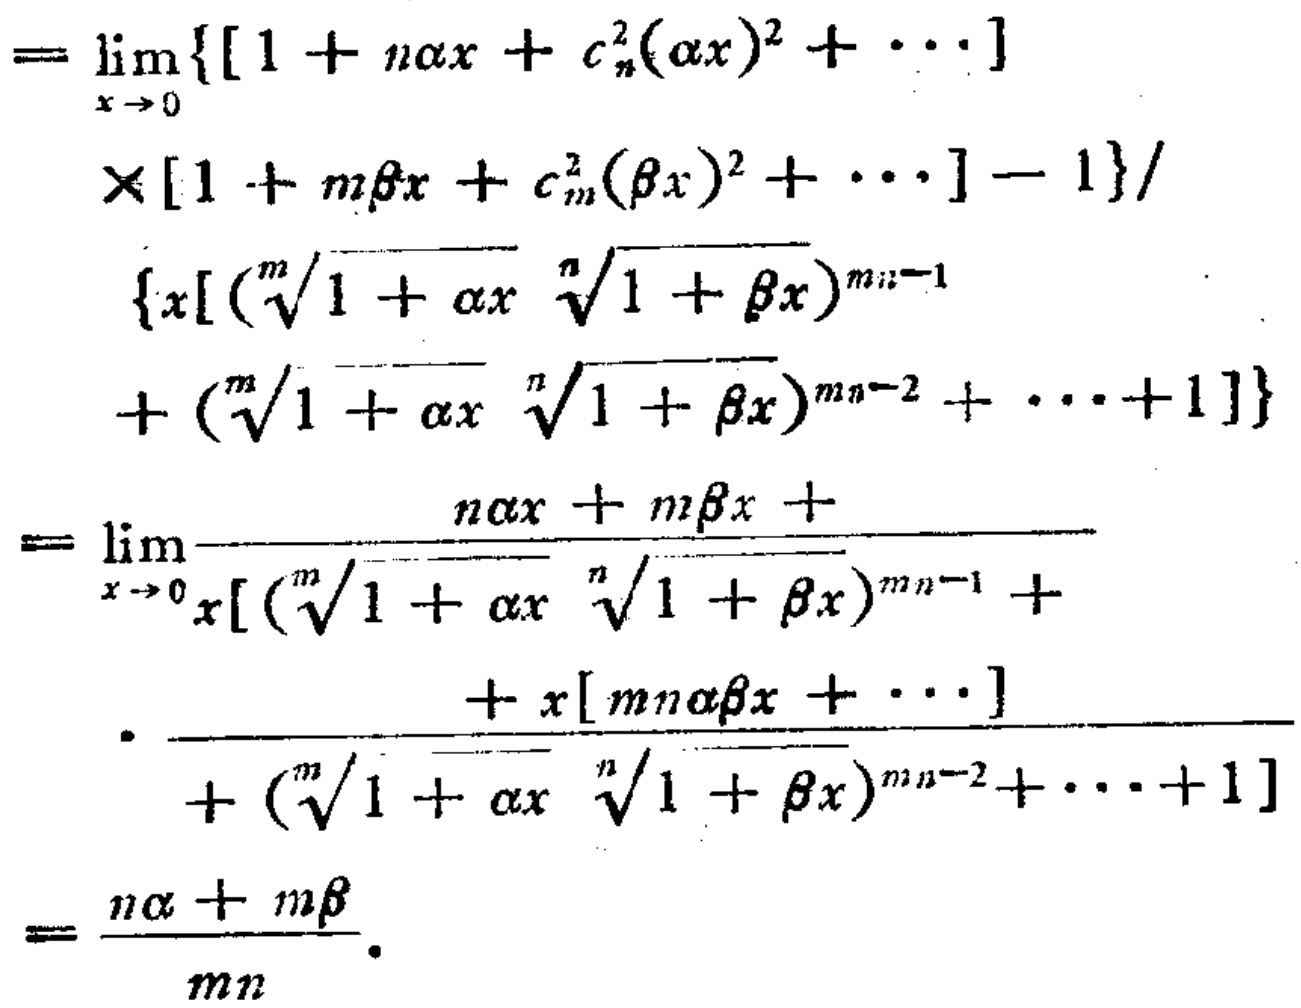
\[
\begin{align*}
&=\lim_{x \to 0} \{[1 + n\alpha x + C_{n}^{2}(\alpha x)^{2}+\cdots]\\
&\times[1 + m\beta x + C_{m}^{2}(\beta x)^{2}+\cdots]- 1\}/\\
&\{x[(\sqrt[m]{1 + \alpha x}\sqrt[n]{1 + \beta x})^{mn - 1}\\
&+(\sqrt[m]{1 + \alpha x}\sqrt[n]{1 + \beta x})^{mn - 2}+\cdots + 1]\}\\
&=\lim_{x \to 0}\frac{n\alpha x + m\beta x+}{x[(\sqrt[m]{1 + \alpha x}\sqrt[n]{1 + \beta x})^{mn - 1}+}\\
&\cdot\frac{+x[mn\alpha\beta x+\cdots]}{+(\sqrt[m]{1 + \alpha x}\sqrt[n]{1 + \beta x})^{mn - 2}+\cdots + 1]}\\
&=\frac{n\alpha + m\beta}{mn}.
\end{align*}
\]